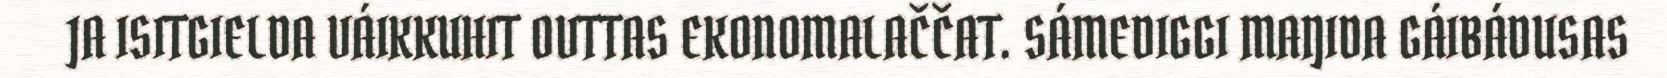
JA ISITGIELDA VÁIKKUHIT OVTTAS EKONOMALAČČAT. SÁMEDIGGI MAŊIDA GÁIBÁDUSAS